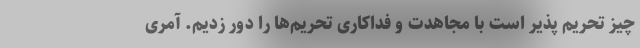
چیز تحریم پذیر است با مجاهدت و فداکاری تحریم‌ها را دور زدیم. آمری